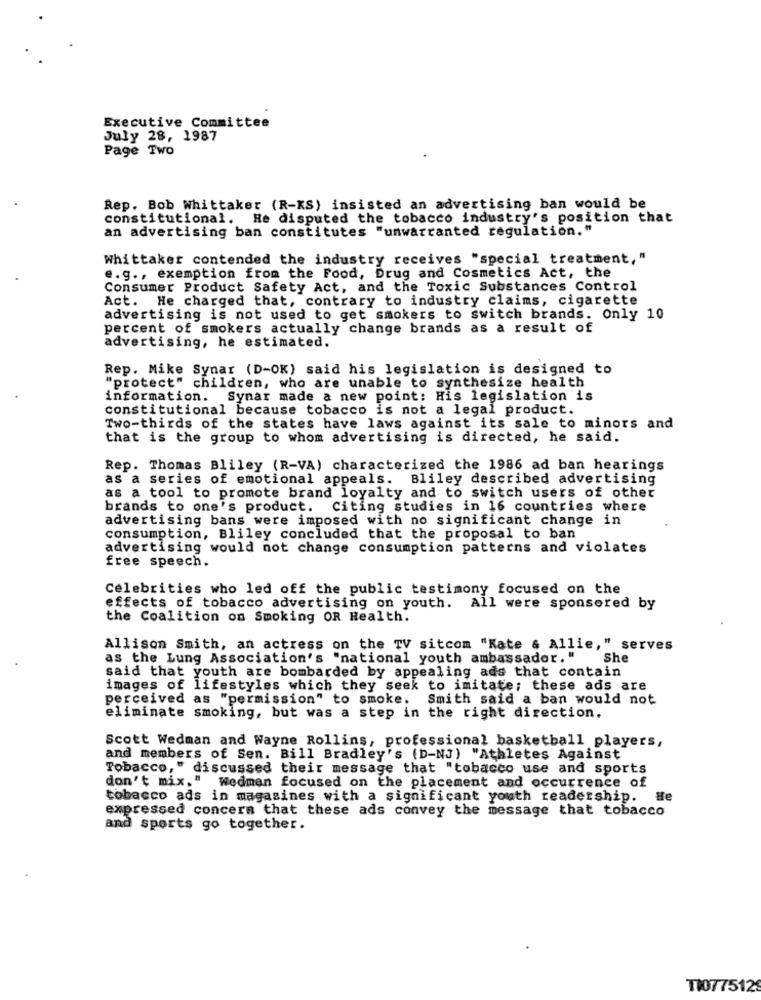
Executive Committee
July 28, 1987
Page Two
Rep. Bob Whittaker (R-KS) insisted an advertising ban would be
constitutional. He disputed the tobacco industry's position that
an advertising ban constitutes "unwarranted regulation."
Whittaker contended the industry receives "special treatment, "
e.g ., exemption from the Food, Drug and Cosmetics Act, the
Consumer Product Safety Act, and the Toxic Substances Control
Act. He charged that, contrary to industry claims, cigarette
advertising is not used to get smokers to switch brands. Only 10
percent of smokers actually change brands as a result of
advertising, he estimated.
Rep. Mike Synar (D-OK) said his legislation is designed to
"protect" children, who are unable to synthesize health
information. Synar made a new point: His legislation is
constitutional because tobacco is not a legal product.
Two-thirds of the states have laws against its sale to minors and
that is the group to whom advertising is directed, he said.
Rep. Thomas Bliley (R-VA) characterized the 1986 ad ban hearings
as a series of emotional appeals. Bliley described advertising
as a tool to promote brand loyalty and to switch users of other
brands to one's product. Citing studies in 16 countries where
advertising bans were imposed with no significant change in
consumption, Bliley concluded that the proposal to ban
advertising would not change consumption patterns and violates
free speech.
Celebrities who led off the public testimony focused on the
effects of tobacco advertising on youth. All were sponsored by
the Coalition on Smoking OR Health.
Allison Smith, an actress on the TV sitcom "Kate & Allie," serves
as the Lung Association's "national youth ambassador. "
She
said that youth are bombarded by appealing ads that contain
images of lifestyles which they seek to imitate; these ads are
perceived as "permission" to smoke. Smith said a ban would not
eliminate smoking, but was a step in the right direction.
Scott Wedman and Wayne Rollins, professional basketball players,
and members of Sen. Bill Bradley's (D-NJ) "Athletes Against
Tobacco," discussed their message that "tobacco use and sports
don't mix," Wedmen focused on the placement and occurrence of
tobacco ads in magasines with a significant youth readership. He
expressed concern that these ads convey the message that tobacco
and sports go together.
TI077512